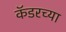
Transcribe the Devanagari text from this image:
कॅडरच्या